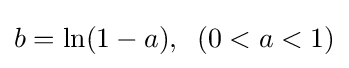
b=\ln(1-a),\;\;(0<a<1)